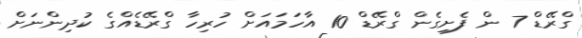
ގްރޭޑް 7 ން ފެށިގެން ގްރޭޑް 10 އާހަމައަށް ހުރިހާ ގްރޭޑެއްގެ ކުދިންނަށް